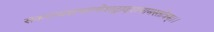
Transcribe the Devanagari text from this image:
संकटनाशनगणेशद्वादशनामस्तोत्रम्।।